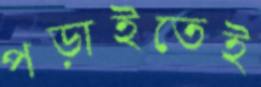
পড়াইতেই